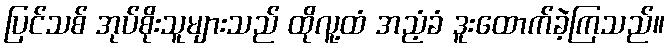
ပြင်သစ် အုပ်စိုးသူများသည် ထိုလူ့ထံ အညံ့ခံ ဒူးထောက်ခဲ့ကြသည်။